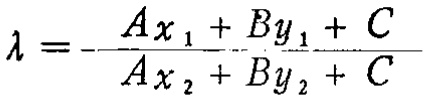
\(\lambda = - \frac{A x_{1}+B y_{1}+C}{A x_{2}+B y_{2}+C}\)